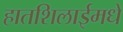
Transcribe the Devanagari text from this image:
हातशिलाईमधे